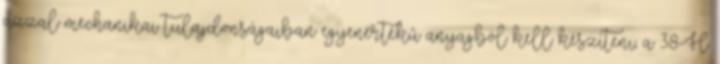
azzal mechanikai tulajdonságaiban egyenértékû anyagból kell készíteni; a 38-H